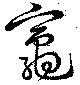
竈